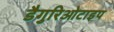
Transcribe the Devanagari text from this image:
डैगुरिओटाइप